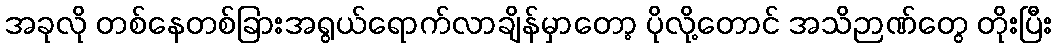
အခုလို တစ်နေတစ်ခြားအရွယ်ရောက်လာချိန်မှာတော့ ပိုလို့တောင် အသိဉာဏ်တွေ တိုးပြီး